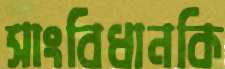
সাংবিধানকি